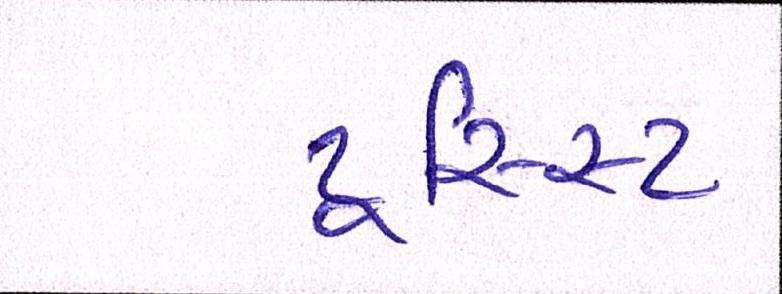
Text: ટૂરિસ્ટ